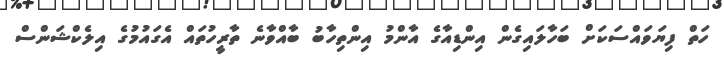
ހަތް ފިޔަވައްސަކަށް ބަހާލައިގެން އިންޑިއާގެ އާންމު އިންތިހާބު ބާއްވާނެ ތާރީހުތައް އެގައުމުގެ އިލެކްޝަންސް